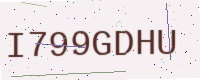
Text: I799GDHU